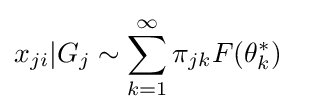
{\begin{aligned}x_{ji}|G_{j}&\sim \sum _{k=1}^{\infty }\pi _{jk}F(\theta _{k}^{*})\end{aligned}}